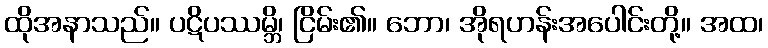
ထိုအနာသည်။ ပဋိပဿမ္ဘိ၊ ငြိမ်း၏။ ဘော၊ အိုရဟန်းအပေါင်းတို့။ အထ၊